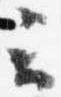
云